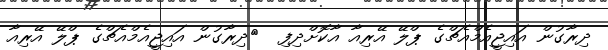
ދިރާގުން އައިޖީއެމްއެޗްގެ ޕްލޭ އޭރިއާ އާކޮށްދިފި  	ދިރާގުން އައިޖީއެމްއެޗްގެ ޕްލޭ އޭރިއާ